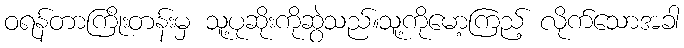
ဝရန်တာကြိုးတန်းမှ သူ့ပုဆိုးကိုဆွဲသည်။သူ့ကိုမော့ကြည့် လိုက်သောအခါ